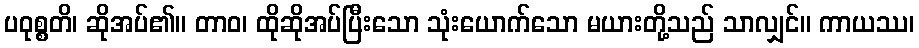
ပဝုစ္စတိ၊ ဆိုအပ်၏။ တာဝ၊ ထိုဆိုအပ်ပြီးသော သုံးယောက်သော မယားတို့သည် သာလျှင်။ ကာယဿ၊